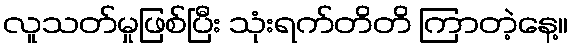
လူသတ်မှုဖြစ်ပြီး သုံးရက်တိတိ ကြာတဲ့နေ့။